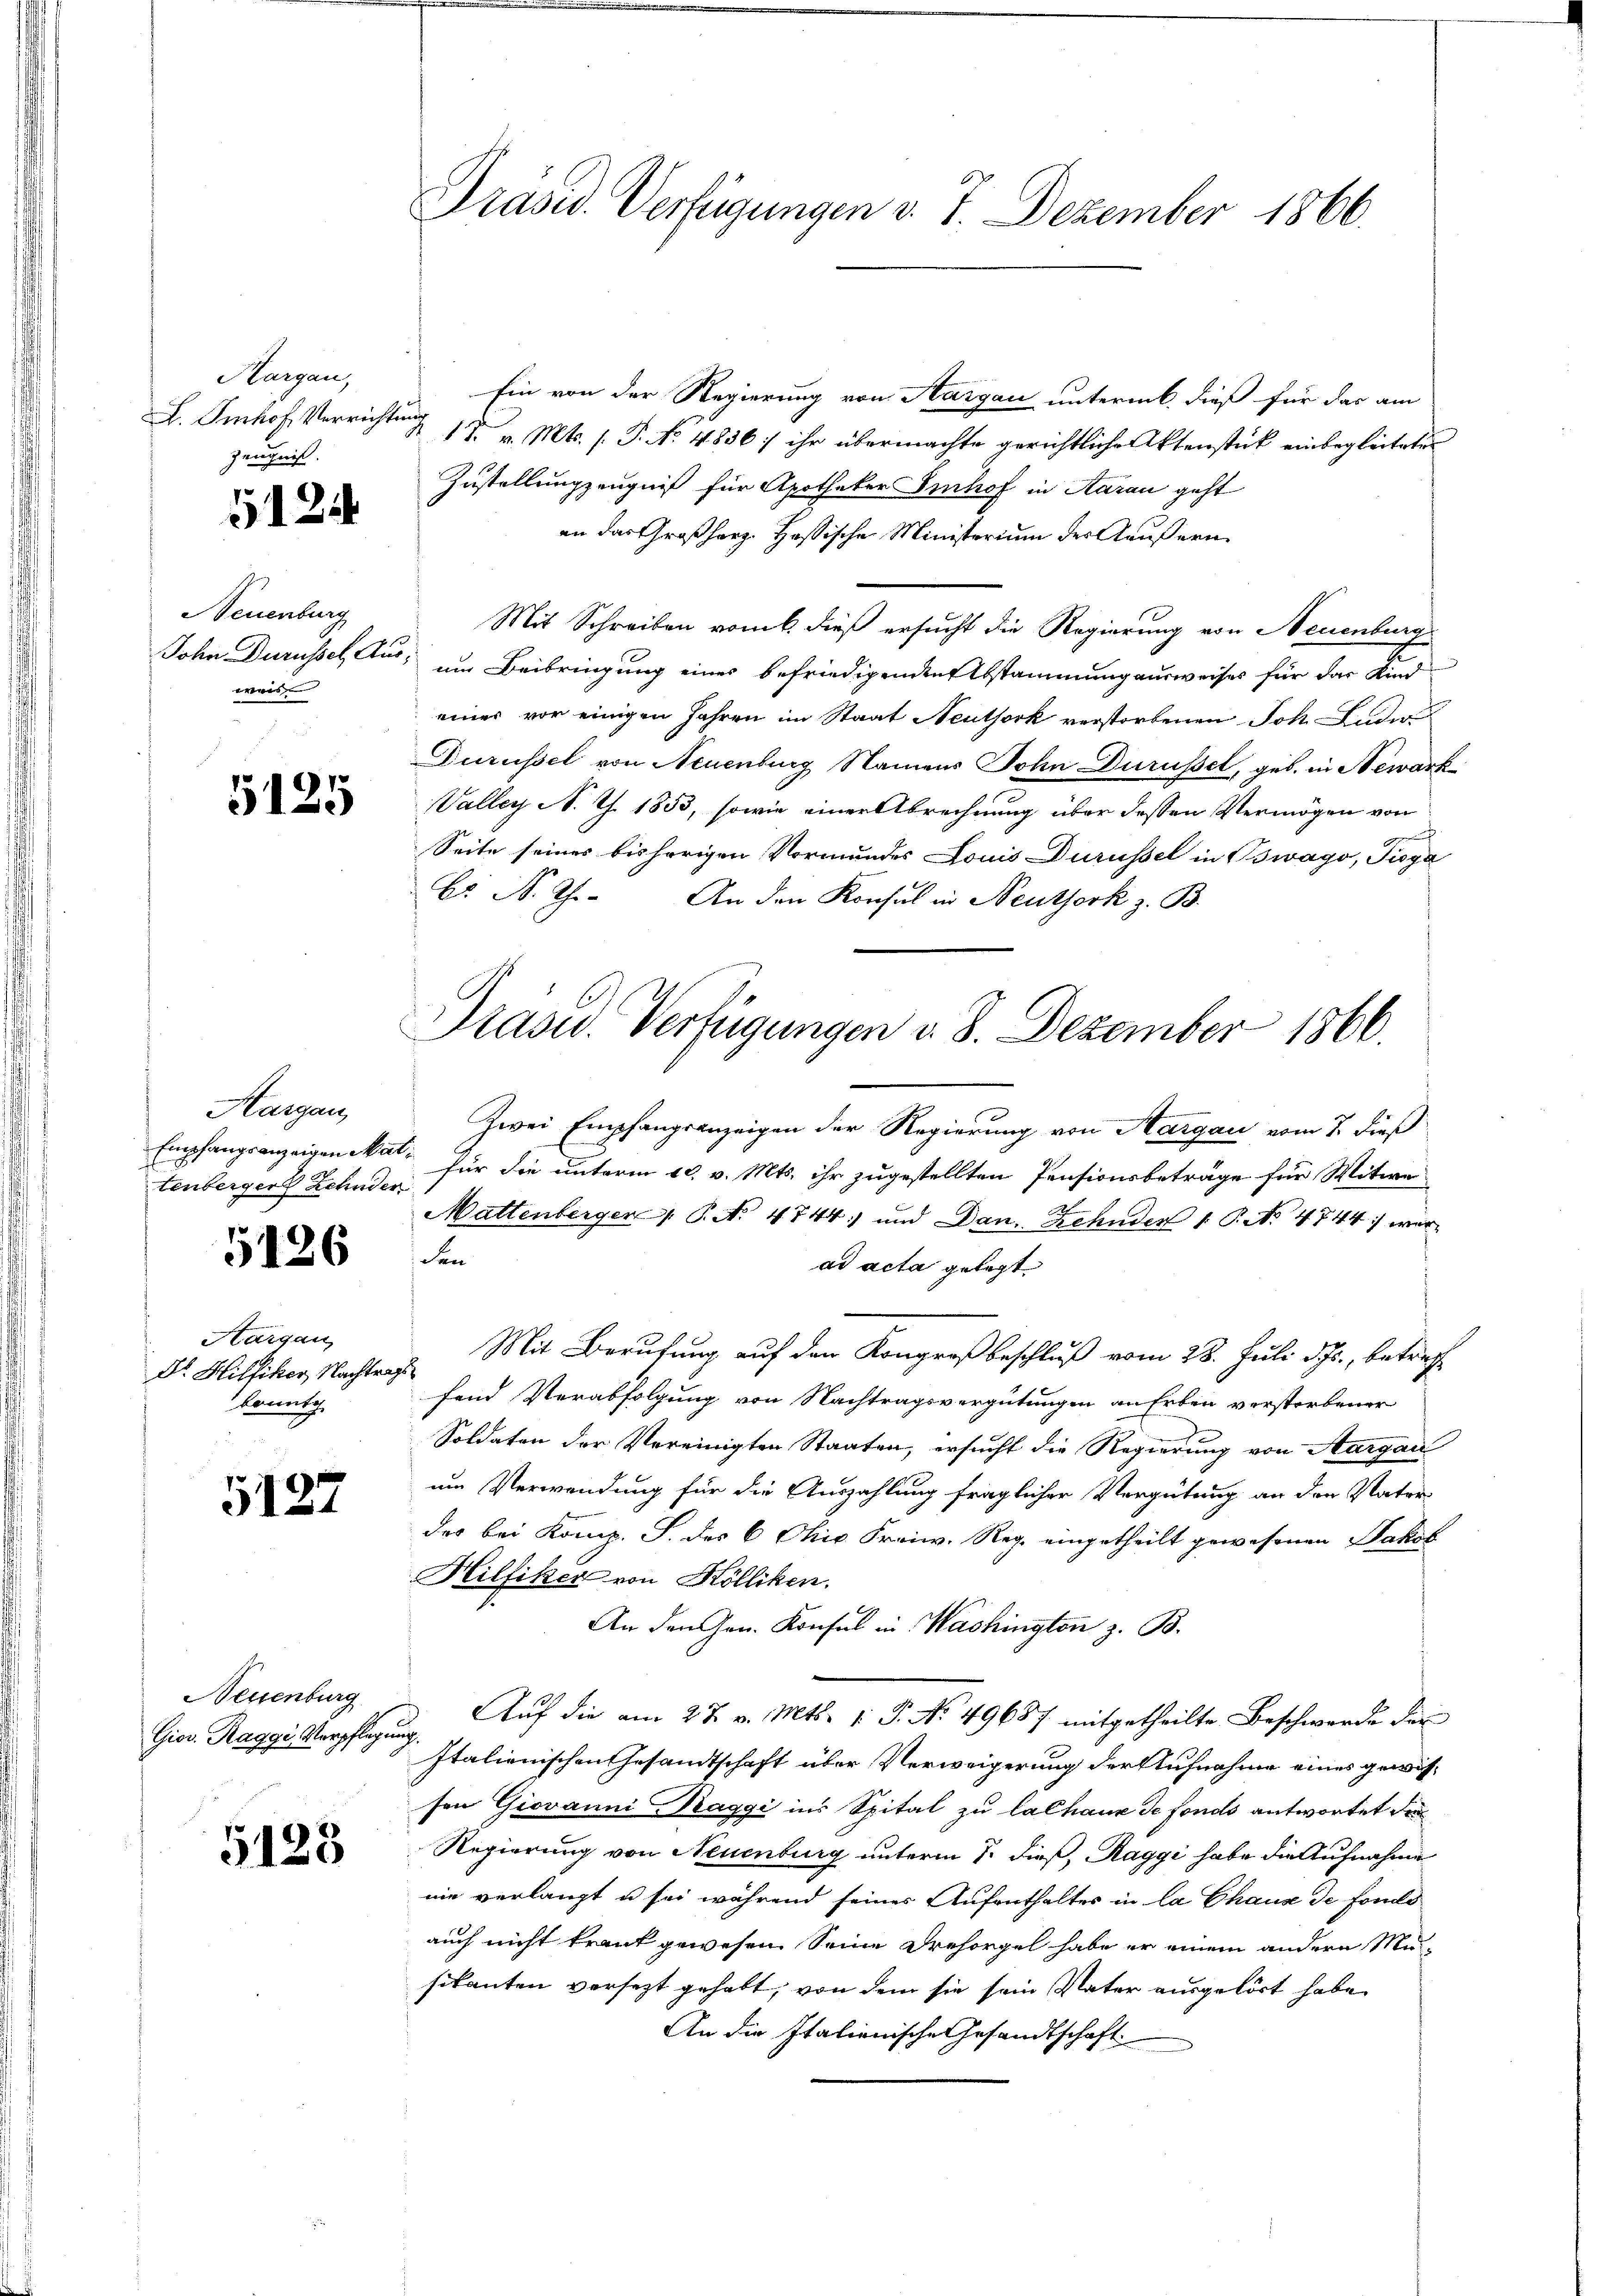
Hargau,
L. Imhof, Verrichtung
Zeugniß.
Neuenburg
John Durusel Aus-
weis

5124

5125

Hargau,
tenbergers Zehnder
Aargau,
Dr. Hilfiker, Nachtrags
konnte

5126

5127

Neuenburg
Giov. Raggi Verpflegung.
5125

Präsid. Verfügungen v. J. Dezember 1866.

Zwei Empfangsanzeigen der Regierung von Aargau vom 7. dieß
Empfangsanzeigen Mal für die unterm 10. v. Mts. ihr zugestellten Pensionsbeträge für Witwe
Mattenberger   P. No 4744) und Dann Zehnder 1 P. Nr. 4744 war
den
ad acta gelegt
Mit Berufung auf den Kongreß beschluß vom 28. Juli d., betreffe
fend Verabfolgung von Nachtragsvergütungen an Erben verstorbener
Soldaten der Vereinigten Staaten, ersucht die Regierung von Aargau
um Verwendung für die Auszahlung fraglicher Vergütung an den Vater-
des bei Komp. S. des 6 Ohio Fraiw. Reg. eingetheilt gewesenen Sakol
Hilfiker von Hölliken.
An den Hrn. Konsul in Washington z. B.
Auf die am 27. v. Mts. 1. P. No. 49687 mitgetheilte Beschwerde der
Italienischen Gesandtschaft über Verweigerung der Aufnahme eines gewissen Giovanni aggi ins Spital zu lalhaux de fonds antwortet de
Regierung von Neuenburg unterm 7. dieß, Raggi habe die Aufnahme
nie verlangt u sei während seines Aufenthalter in la Chaux de fondo
auch nicht krank gewesen. Seine Drehorgel habe er einem andern Musikanten versezt gehabt, von dem sie sein Vater ausgehört habe
An die Italienische Gesandtschaft

Präsid. Verfügungen v. 8. Dezember 1866.

Ein von der Regierung von Aargau untermb. dieß für das am
 15. v. Mts. f. P. No. 4836) ihr übermachte gerichtliche Aktenstück einbegleitetes
Zustellungzeugniß für Apotheker Imhof in Aarau geht
an das Großherz. Hassische Ministerium der Aeußern
Mit Schreiben vom 6. dieß ersucht die Regierung von Neuenburg
um Beibringung eines befriedigenden Abstammung ausweiser für das Kind
eines vor einigen Jahren im Staat Neuthork verstorbenen Joh. Ludw
Durüssel von Neuenburg Namens John Durusel, geb. in Newark
Valley N. Z. 1853, sowie einer Abrechnung über dessen Vermögen von
n
Seite seines bisherigen Vormundes Louis Durüssel in Bwago, Tisga
b. N. Chr. An den Konsul in Neuthork z. B.